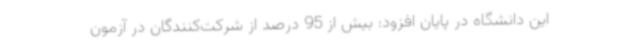
این دانشگاه در پایان افزود: بیش از 95 درصد از شرکت‌کنندگان در آزمون